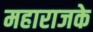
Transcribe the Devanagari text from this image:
महाराजके